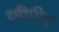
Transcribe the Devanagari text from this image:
व्हीपीए